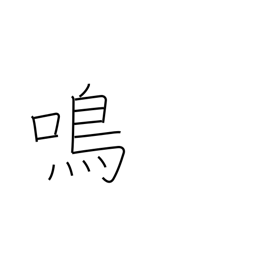
Meaning: cry